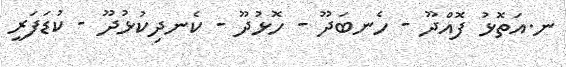
ނ.އަތޮޅު ފޮއްދޫ - ހެނބަދޫ - ހޮޅުދޫ - ކެނދިކުޅުދޫ - ކުޑަފަރީ